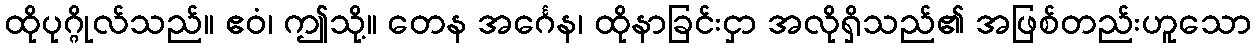
ထိုပုဂ္ဂိုလ်သည်။ ဧဝံ၊ ဤသို့။ တေန အင်္ဂေန၊ ထိုနာခြင်းငှာ အလိုရှိသည်၏ အဖြစ်တည်းဟူသော